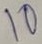
Text: I0